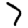
Digit: 7